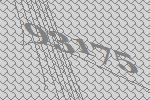
93175